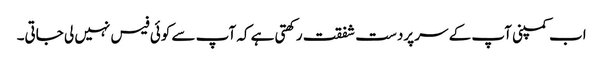
اب کمپنی آپ کے سر پردست شفقت رکھتی ہے کہ آپ سے کوئی فیس نہیں لی جاتی۔